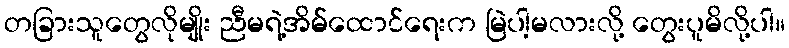
တခြားသူတွေလိုမျိုး ညီမရဲ့အိမ်ထောင်ရေးက မြဲပါ့မလားလို့ တွေးပူမိလို့ပါ။